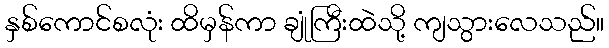
နှစ်ကောင်စလုံး ထိမှန်ကာ ချုံကြီးထဲသို့ ကျသွားလေသည်။